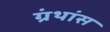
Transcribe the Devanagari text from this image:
ग्रंथांस